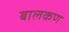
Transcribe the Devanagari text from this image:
बालकण